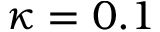
\kappa = 0 . 1